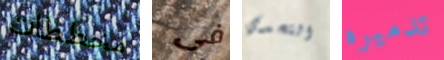
مخططات فى التحدي تدميره